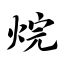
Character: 烷